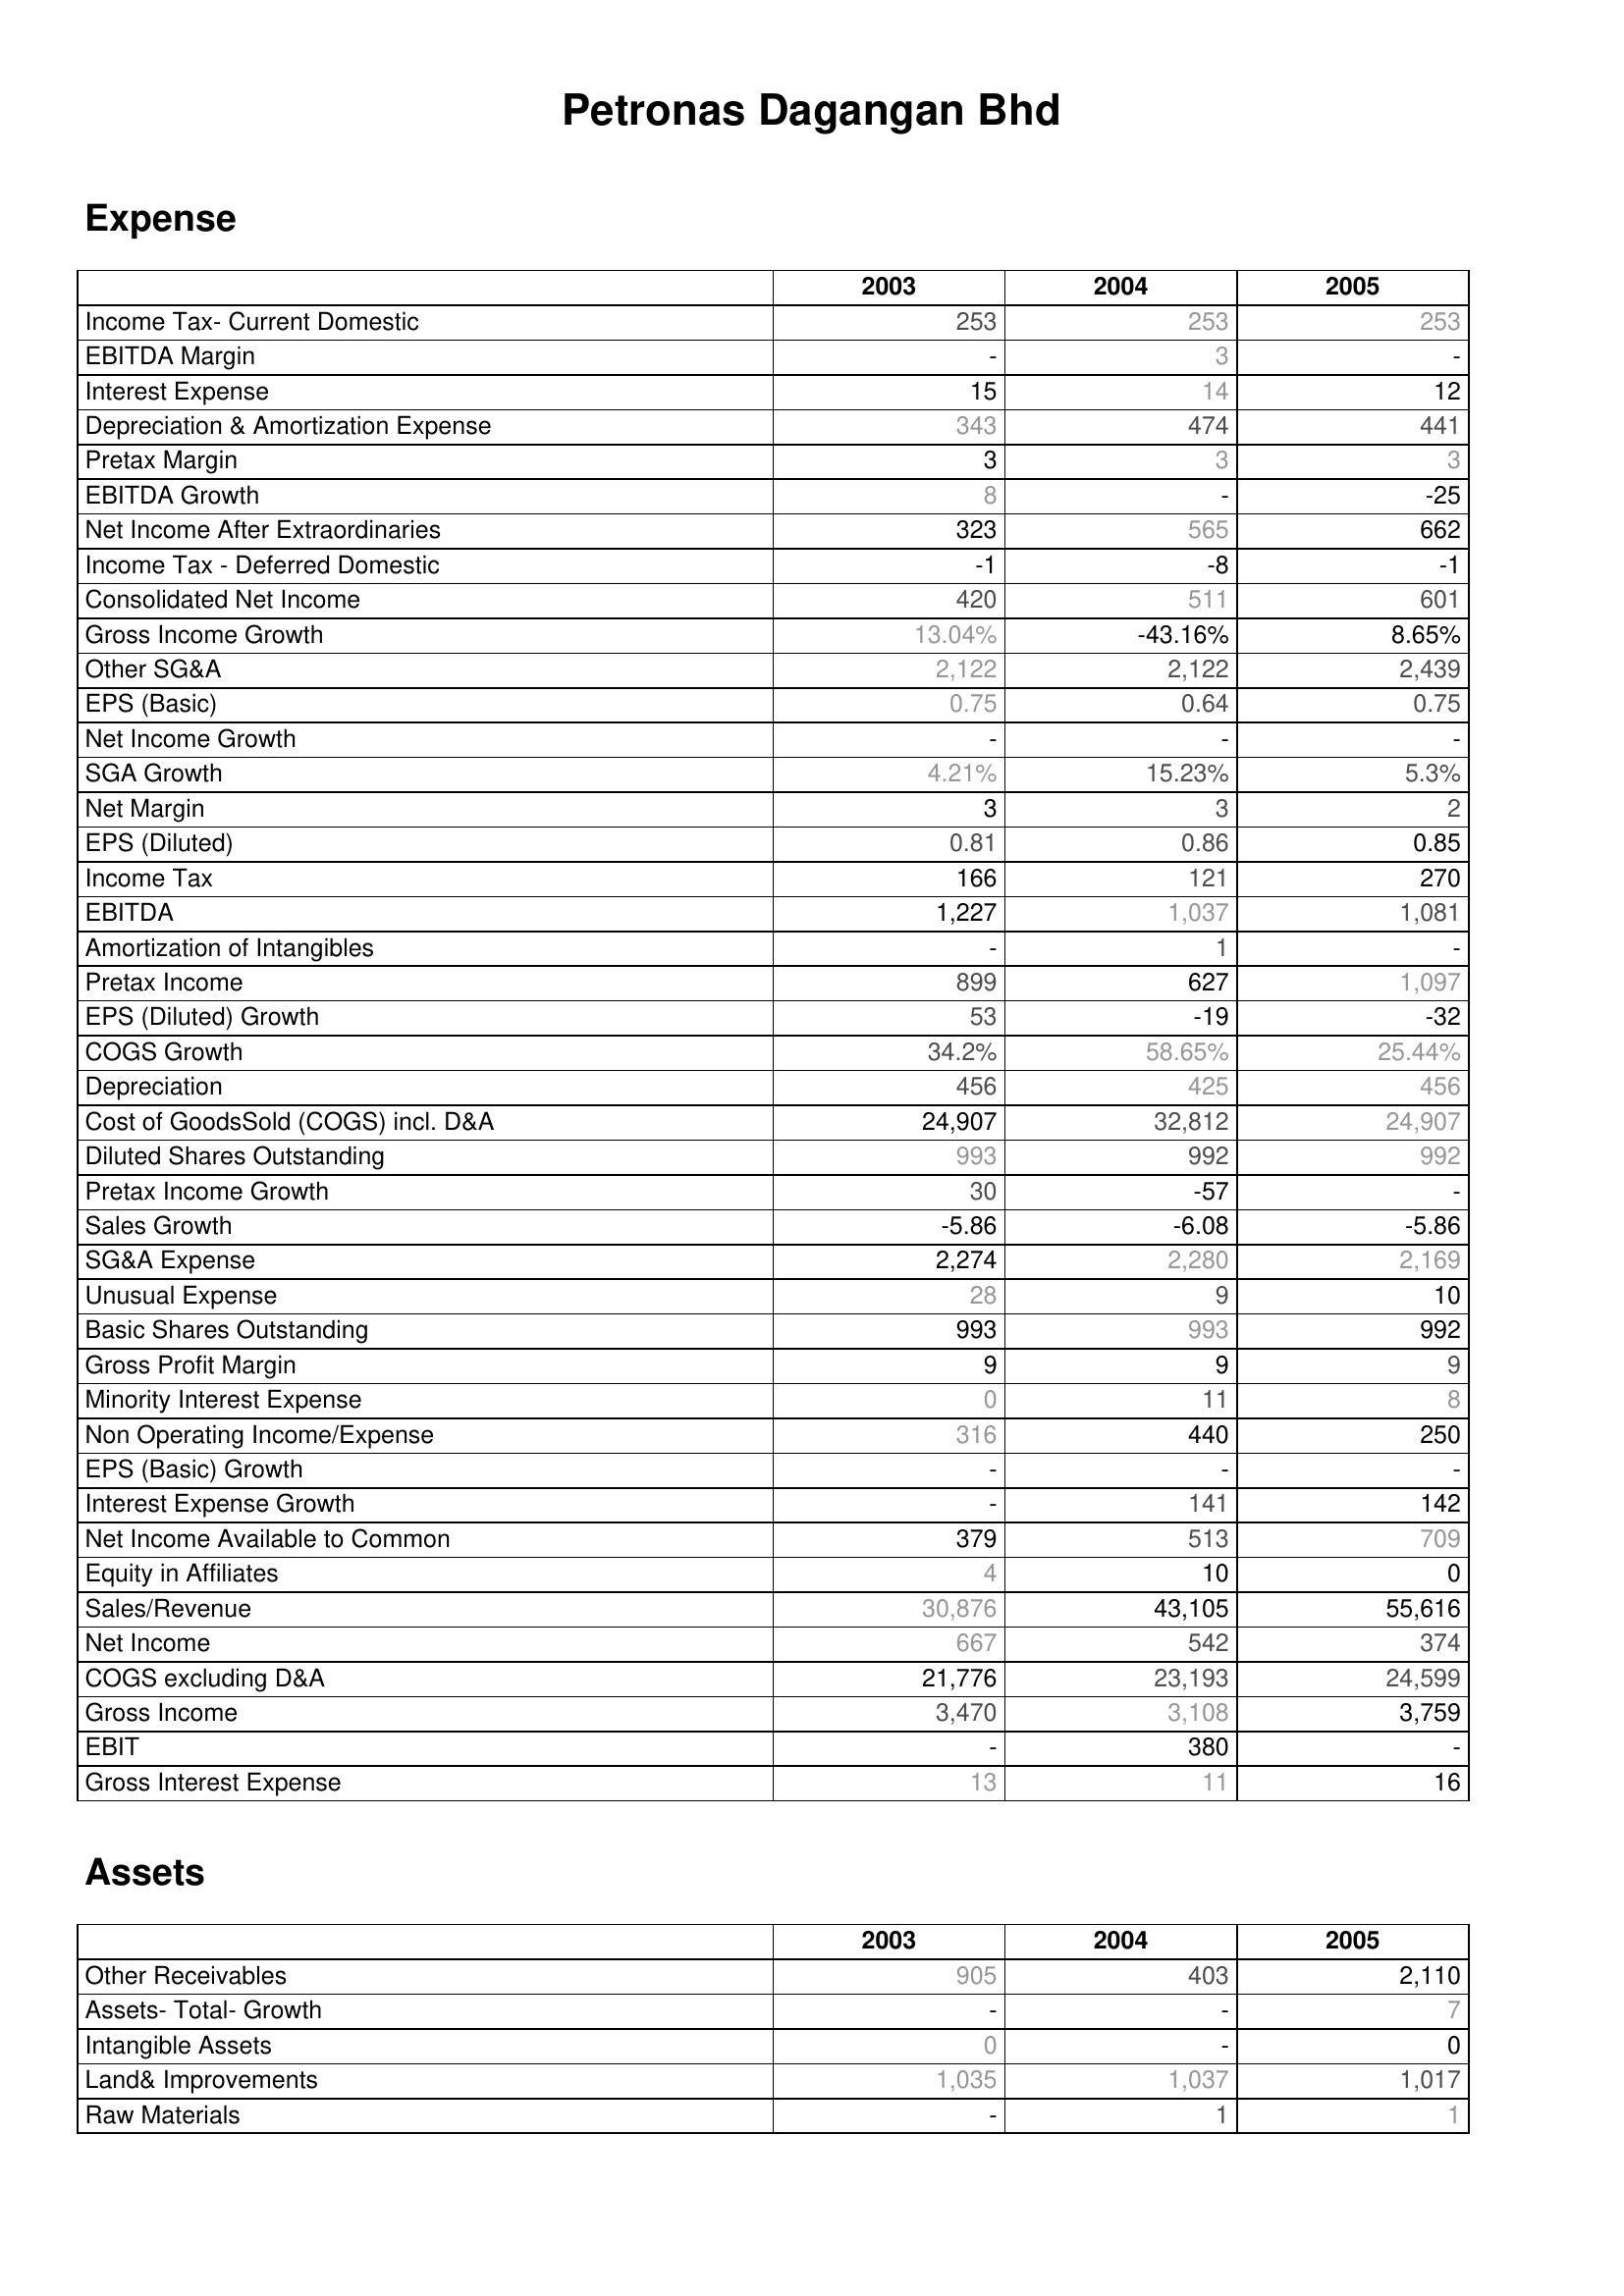
2003: Expense: Income Tax- Current Domestic: 253
EBITDA Margin: -
Interest Expense: 15
Depreciation & Amortization Expense: 343
Pretax Margin: 3
EBITDA Growth: 8
Net Income After Extraordinaries: 323
Income Tax - Deferred Domestic: -1
Consolidated Net Income: 420
Gross Income Growth: 13.04%
Other SG&A: 2,122
EPS (Basic): 0.75
Net Income Growth: -
SGA Growth: 4.21%
Net Margin: 3
EPS (Diluted): 0.81
Income Tax: 166
EBITDA: 1,227
Amortization of Intangibles: -
Pretax Income: 899
EPS (Diluted) Growth: 53
COGS Growth: 34.2%
Depreciation: 456
Cost of GoodsSold (COGS) incl. D&A: 24,907
Diluted Shares Outstanding: 993
Pretax Income Growth: 30
Sales Growth: -5.86
SG&A Expense: 2,274
Unusual Expense: 28
Basic Shares Outstanding: 993
Gross Profit Margin: 9
Minority Interest Expense: 0
Non Operating Income/Expense: 316
EPS (Basic) Growth: -
Interest Expense Growth: -
Net Income Available to Common: 379
Equity in Affiliates: 4
Sales/Revenue: 30,876
Net Income: 667
COGS excluding D&A: 21,776
Gross Income: 3,470
EBIT: -
Gross Interest Expense: 13
Assets: Other Receivables: 905
Assets- Total- Growth: -
Intangible Assets: 0
Land& Improvements: 1,035
Raw Materials: -
2004: Expense: Income Tax- Current Domestic: 253
EBITDA Margin: 3
Interest Expense: 14
Depreciation & Amortization Expense: 474
Pretax Margin: 3
EBITDA Growth: -
Net Income After Extraordinaries: 565
Income Tax - Deferred Domestic: -8
Consolidated Net Income: 511
Gross Income Growth: -43.16%
Other SG&A: 2,122
EPS (Basic): 0.64
Net Income Growth: -
SGA Growth: 15.23%
Net Margin: 3
EPS (Diluted): 0.86
Income Tax: 121
EBITDA: 1,037
Amortization of Intangibles: 1
Pretax Income: 627
EPS (Diluted) Growth: -19
COGS Growth: 58.65%
Depreciation: 425
Cost of GoodsSold (COGS) incl. D&A: 32,812
Diluted Shares Outstanding: 992
Pretax Income Growth: -57
Sales Growth: -6.08
SG&A Expense: 2,280
Unusual Expense: 9
Basic Shares Outstanding: 993
Gross Profit Margin: 9
Minority Interest Expense: 11
Non Operating Income/Expense: 440
EPS (Basic) Growth: -
Interest Expense Growth: 141
Net Income Available to Common: 513
Equity in Affiliates: 10
Sales/Revenue: 43,105
Net Income: 542
COGS excluding D&A: 23,193
Gross Income: 3,108
EBIT: 380
Gross Interest Expense: 11
Assets: Other Receivables: 403
Assets- Total- Growth: -
Intangible Assets: -
Land& Improvements: 1,037
Raw Materials: 1
2005: Expense: Income Tax- Current Domestic: 253
EBITDA Margin: -
Interest Expense: 12
Depreciation & Amortization Expense: 441
Pretax Margin: 3
EBITDA Growth: -25
Net Income After Extraordinaries: 662
Income Tax - Deferred Domestic: -1
Consolidated Net Income: 601
Gross Income Growth: 8.65%
Other SG&A: 2,439
EPS (Basic): 0.75
Net Income Growth: -
SGA Growth: 5.3%
Net Margin: 2
EPS (Diluted): 0.85
Income Tax: 270
EBITDA: 1,081
Amortization of Intangibles: -
Pretax Income: 1,097
EPS (Diluted) Growth: -32
COGS Growth: 25.44%
Depreciation: 456
Cost of GoodsSold (COGS) incl. D&A: 24,907
Diluted Shares Outstanding: 992
Pretax Income Growth: -
Sales Growth: -5.86
SG&A Expense: 2,169
Unusual Expense: 10
Basic Shares Outstanding: 992
Gross Profit Margin: 9
Minority Interest Expense: 8
Non Operating Income/Expense: 250
EPS (Basic) Growth: -
Interest Expense Growth: 142
Net Income Available to Common: 709
Equity in Affiliates: 0
Sales/Revenue: 55,616
Net Income: 374
COGS excluding D&A: 24,599
Gross Income: 3,759
EBIT: -
Gross Interest Expense: 16
Assets: Other Receivables: 2,110
Assets- Total- Growth: 7
Intangible Assets: 0
Land& Improvements: 1,017
Raw Materials: 1